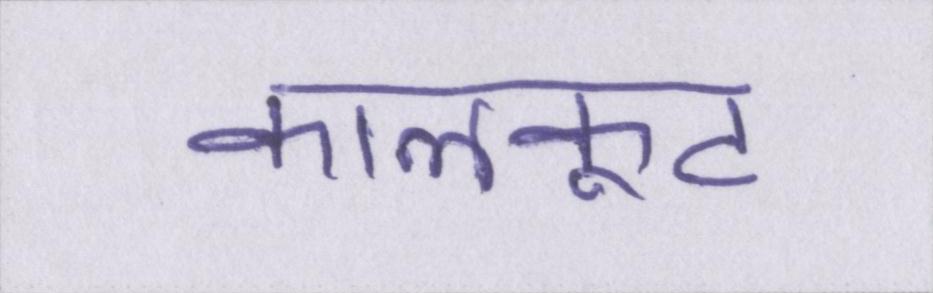
कालकूट